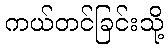
ကယ်တင်ခြင်းသို့